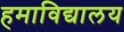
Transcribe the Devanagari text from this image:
हमाविद्यालय